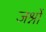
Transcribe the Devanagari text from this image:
जश्नों